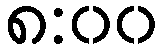
၈:၀၀